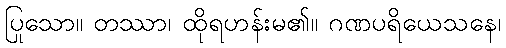
ပြုသော။ တဿာ၊ ထိုရဟန်းမ၏။ ဂဏပရိယေသနေ၊